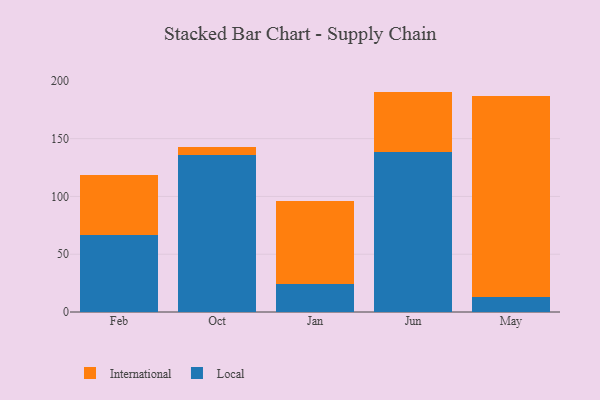
{"axis": {"x": "Month", "y": "Energy Usage (MWh)"}, "legend": ["International", "Local"], "data": [{"x": "Feb", "y": 66.3, "type": "Local"}, {"x": "Feb", "y": 52.2, "type": "International"}, {"x": "Oct", "y": 136.1, "type": "Local"}, {"x": "Oct", "y": 6.8, "type": "International"}, {"x": "Jan", "y": 24.3, "type": "Local"}, {"x": "Jan", "y": 71.7, "type": "International"}, {"x": "Jun", "y": 138.7, "type": "Local"}, {"x": "Jun", "y": 52.0, "type": "International"}, {"x": "May", "y": 12.6, "type": "Local"}, {"x": "May", "y": 174.2, "type": "International"}]}